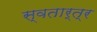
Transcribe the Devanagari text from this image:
स्वतार्त्र